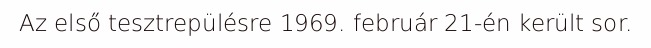
Az első tesztrepülésre 1969. február 21-én került sor.